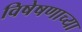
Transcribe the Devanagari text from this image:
विषेषणाच्या